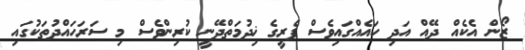
ޒޯން އެކެއް ދޭއް އަދި ހައެއްގައިވެސް ފެރީގެ ޚިދުމަތްދޭނީ ކުރިންވެސް މި ސަރަހައްދުތަކުގައި